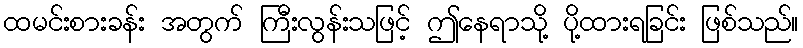
ထမင်းစားခန်း အတွက် ကြီးလွန်းသဖြင့် ဤနေရာသို့ ပို့ထားရခြင်း ဖြစ်သည်။